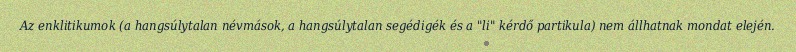
Az enklitikumok (a hangsúlytalan névmások, a hangsúlytalan segédigék és a "li" kérdő partikula) nem állhatnak mondat elején.